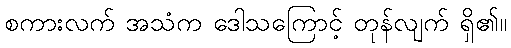
စကားလက် အသံက ဒေါသကြောင့် တုန်လျက် ရှိ၏။